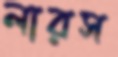
লারস